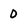
Character: o